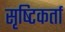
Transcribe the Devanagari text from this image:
सृष्‍टिकर्ता